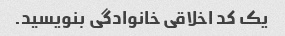
یک کد اخلاقی خانوادگی بنویسید.